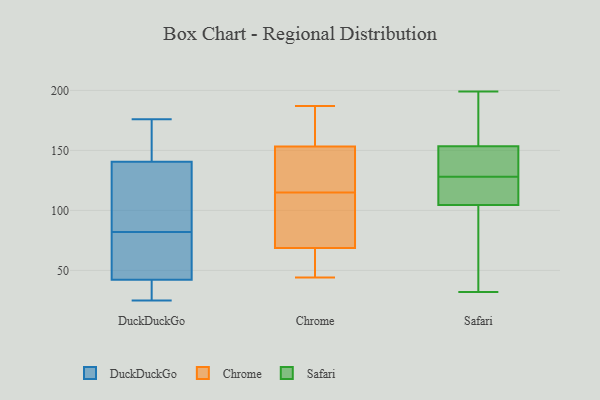
{"axis": {"x": "Backlog", "y": "Value"}, "legend": ["Chrome", "DuckDuckGo", "Safari"], "data": [{"x": "", "y": 30, "type": "DuckDuckGo"}, {"x": "", "y": 160, "type": "DuckDuckGo"}, {"x": "", "y": 82, "type": "DuckDuckGo"}, {"x": "", "y": 25, "type": "DuckDuckGo"}, {"x": "", "y": 134, "type": "DuckDuckGo"}, {"x": "", "y": 34, "type": "DuckDuckGo"}, {"x": "", "y": 45, "type": "DuckDuckGo"}, {"x": "", "y": 72, "type": "DuckDuckGo"}, {"x": "", "y": 79, "type": "DuckDuckGo"}, {"x": "", "y": 176, "type": "DuckDuckGo"}, {"x": "", "y": 109, "type": "DuckDuckGo"}, {"x": "", "y": 173, "type": "DuckDuckGo"}, {"x": "", "y": 133, "type": "DuckDuckGo"}, {"x": "", "y": 52, "type": "Chrome"}, {"x": "", "y": 92, "type": "Chrome"}, {"x": "", "y": 180, "type": "Chrome"}, {"x": "", "y": 147, "type": "Chrome"}, {"x": "", "y": 187, "type": "Chrome"}, {"x": "", "y": 131, "type": "Chrome"}, {"x": "", "y": 116, "type": "Chrome"}, {"x": "", "y": 70, "type": "Chrome"}, {"x": "", "y": 180, "type": "Chrome"}, {"x": "", "y": 149, "type": "Chrome"}, {"x": "", "y": 88, "type": "Chrome"}, {"x": "", "y": 44, "type": "Chrome"}, {"x": "", "y": 105, "type": "Chrome"}, {"x": "", "y": 166, "type": "Chrome"}, {"x": "", "y": 65, "type": "Chrome"}, {"x": "", "y": 57, "type": "Chrome"}, {"x": "", "y": 115, "type": "Chrome"}, {"x": "", "y": 133, "type": "Safari"}, {"x": "", "y": 56, "type": "Safari"}, {"x": "", "y": 160, "type": "Safari"}, {"x": "", "y": 117, "type": "Safari"}, {"x": "", "y": 113, "type": "Safari"}, {"x": "", "y": 103, "type": "Safari"}, {"x": "", "y": 123, "type": "Safari"}, {"x": "", "y": 32, "type": "Safari"}, {"x": "", "y": 149, "type": "Safari"}, {"x": "", "y": 161, "type": "Safari"}, {"x": "", "y": 139, "type": "Safari"}, {"x": "", "y": 106, "type": "Safari"}, {"x": "", "y": 199, "type": "Safari"}, {"x": "", "y": 147, "type": "Safari"}, {"x": "", "y": 133, "type": "Safari"}, {"x": "", "y": 175, "type": "Safari"}, {"x": "", "y": 90, "type": "Safari"}, {"x": "", "y": 107, "type": "Safari"}, {"x": "", "y": 66, "type": "Safari"}, {"x": "", "y": 158, "type": "Safari"}]}